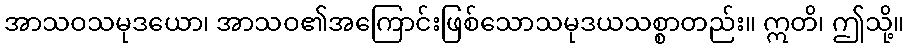
အာသဝသမုဒယော၊ အာသဝ၏အကြောင်းဖြစ်သောသမုဒယသစ္စာတည်း။ ဣတိ၊ ဤသို့။